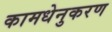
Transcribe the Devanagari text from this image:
कामधेनुकरण